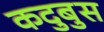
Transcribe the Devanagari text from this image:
कदुबुस